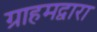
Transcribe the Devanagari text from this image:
ग्राहमद्वारा